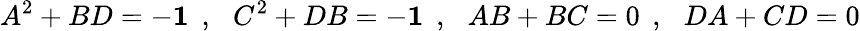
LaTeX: A^{2}+BD=-{\mathbf{1}}\: \: ,\: \: \: C^{2}+DB=-{\mathbf{1}}\: \: ,\: \: \: AB+BC=0\: \: ,\: \: \: DA+CD=0